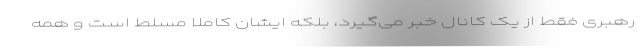
رهبری فقط از یک کانال خبر می‌گیرد، بلکه ایشان کاملا مسلط است و همه